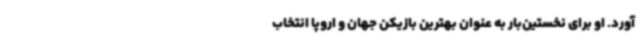
آورد. او برای نخستین‌بار به عنوان بهترین بازیکن جهان و اروپا انتخاب